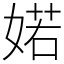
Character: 婼